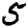
Digit: 5